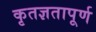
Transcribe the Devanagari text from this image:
कृतज्ञतापूर्ण